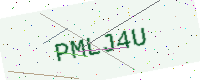
Text: PMLJ4U